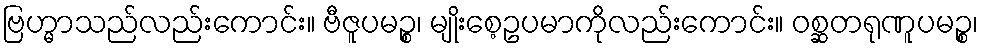
ဗြဟ္မာသည်လည်းကောင်း။ ဗီဇူပမဉ္စ၊ မျိုးစေ့ဥပမာကိုလည်းကောင်း။ ဝစ္ဆတရုဏူပမဉ္စ၊